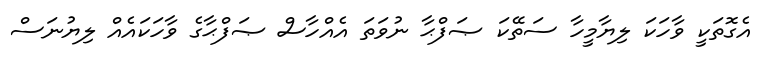
އެގޮތަކީ ވާހަކަ ލިޔާމީހާ ސަތޭކަ ޞަފްޙާ ނުވަތަ އެއްހާސް ޞަފްޙާގެ ވާހަކައެއް ލިޔުނަސް